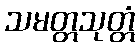
သမတ္တသုတ္တံ